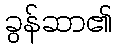
ခွန်ဆာ၏